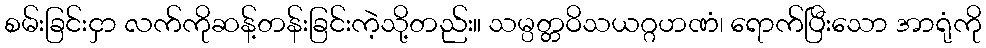
စမ်းခြင်းငှာ လက်ကိုဆန့်တန်းခြင်းကဲ့သို့တည်း။ သမ္ပတ္တဝိသယဂ္ဂဟဏံ၊ ရောက်ပြီးသော အာရုံကို